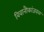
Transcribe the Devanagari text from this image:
विवानौकांजवळ